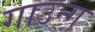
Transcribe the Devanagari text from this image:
गाउन्ग